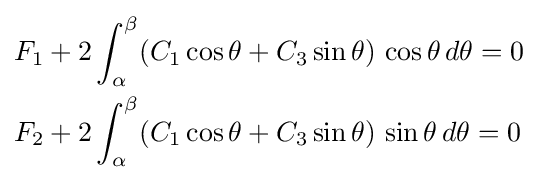
{\begin{aligned}F_{1}&+2\int _{\alpha }^{\beta }(C_{1}\cos \theta +C_{3}\sin \theta )\,\cos \theta \,d\theta =0\\F_{2}&+2\int _{\alpha }^{\beta }(C_{1}\cos \theta +C_{3}\sin \theta )\,\sin \theta \,d\theta =0\end{aligned}}